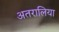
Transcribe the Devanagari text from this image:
अतरालिया